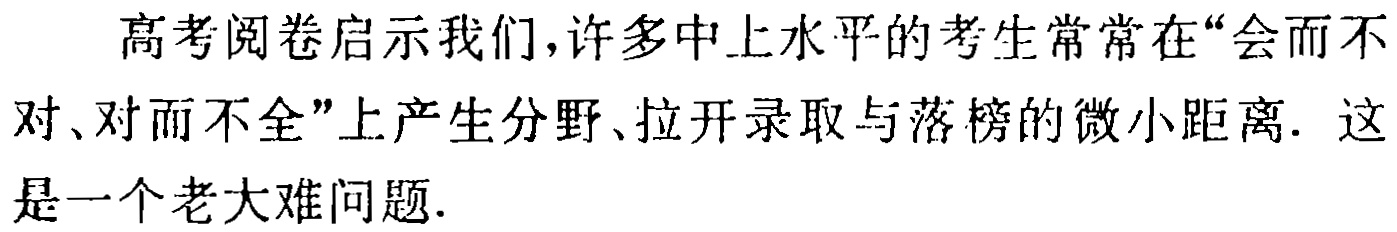
高考阅卷启示我们，许多中上水平的考生常常在“会而不对、对而不全”上产生分野、拉开录取与落榜的微小距离. 这是一个老大难问题.